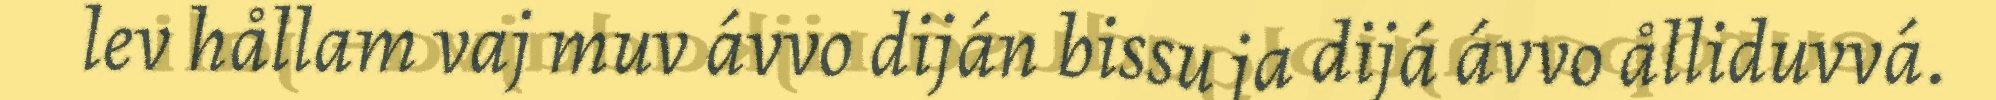
lev hållam vaj muv ávvo diján bissu ja dijá ávvo ålliduvvá.